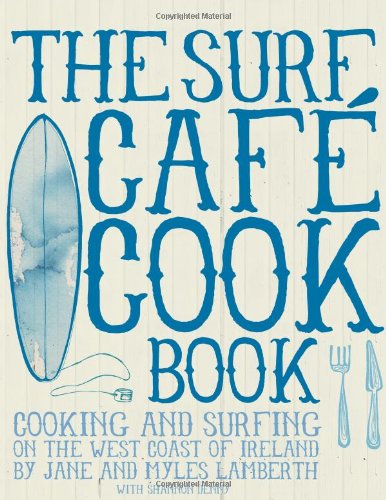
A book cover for Surf Cafe Cookbook: Living the Dream: Cooking and Surfing on the West Coast of Ireland; Myles Lamberth; Travel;